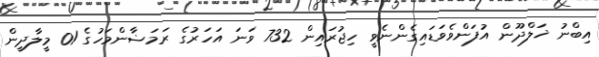
އިބްނު ޚަލްދޫން އުފަންވެވަޑައިގެންނެވީ ހިޖުރައިން 732 ވަނަ އަހަރުގެ ރަމަޟާންމަހުގެ 01 މީލާދީން